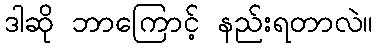
ဒါဆို ဘာကြောင့် နည်းရတာလဲ။